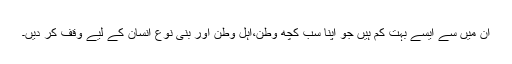
ان میں سے ایسے بہت کم ہیں جو اپنا سب کچھ وطن،اہل وطن اور بنی نوع انسان کے لیے وقف کر دیں۔